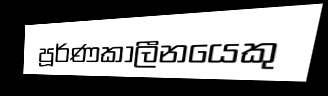
පූර්ණකාලීනයෙකු